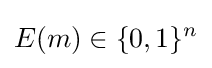
E(m)\in \{0,1\}^{n}